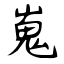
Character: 嵬